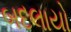
બદલાયો